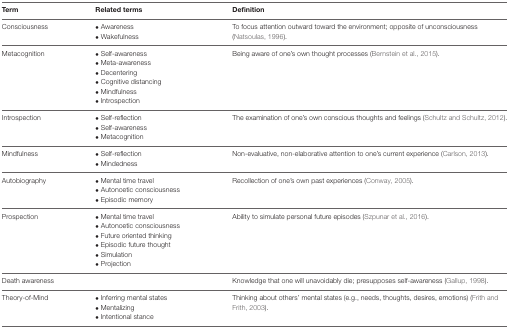
<table><thead><tr><td><b>Term</b></td><td><b>Related terms</b></td><td><b>Definition</b></td></tr></thead><tbody><tr><td>Consciousness</td><td>• Awareness• Wakefulness</td><td>To focus attention outward toward the environment; opposite of unconsciousness (Natsoulas, 1996).</td></tr><tr><td>Metacognition</td><td>• Self-awareness• Meta-awareness• Decentering• Cognitive distancing• Mindfulness• Introspection</td><td>Being aware of one’s own thought processes (Bernstein et al., 2015).</td></tr><tr><td>Introspection</td><td>• Self-reflection• Self-awareness• Metacognition</td><td>The examination of one’s own conscious thoughts and feelings (Schultz and Schultz, 2012).</td></tr><tr><td>Mindfulness</td><td>• Self-reflection• Mindedness</td><td>Non-evaluative, non-elaborative attention to one’s current experience (Carlson, 2013).</td></tr><tr><td>Autobiography</td><td>• Mental time travel• Autonoetic consciousness• Episodic memory</td><td>Recollection of one’s own past experiences (Conway, 2005).</td></tr><tr><td>Prospection</td><td>• Mental time travel• Autonoetic consciousness• Future oriented thinking• Episodic future thought• Simulation• Projection</td><td>Ability to simulate personal future episodes (Szpunar et al., 2016).</td></tr><tr><td>Death awareness</td><td></td><td>Knowledge that one will unavoidably die; presupposes self-awareness (Gallup, 1998).</td></tr><tr><td>Theory-of-Mind</td><td>• Inferring mental states• Mentalizing• Intentional stance</td><td>Thinking about others’ mental states (e.g., needs, thoughts, desires, emotions) (Frith and Frith, 2003).</td></tr></tbody></table>